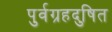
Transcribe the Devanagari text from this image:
पुर्वग्रहदुषित